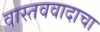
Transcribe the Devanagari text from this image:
वास्तववादाचा